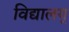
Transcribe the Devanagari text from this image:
विद्यालय्